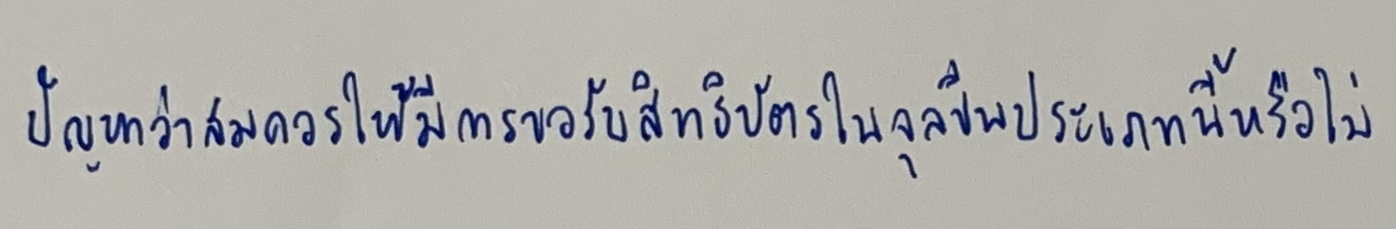
ปัญหาว่าสมควรให้มีการขอรับสิทธิบัตรในจุลชีพประเภทนี้หรือไม่